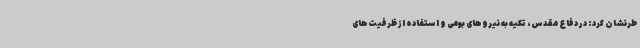
طرنشان کرد: در دفاع مقدس، تکیه به نیروهای بومی و استفاده از ظرفیت‌های